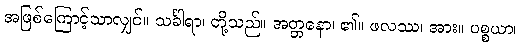
အဖြစ်ကြောင့်သာလျှင်။ သင်္ခါရာ၊ တို့သည်။ အတ္တနော၊ ၏။ ဖလဿ၊ အား။ ပစ္စယာ၊